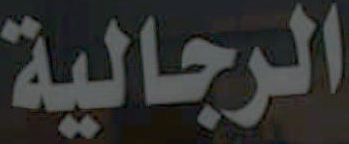
الرجالية